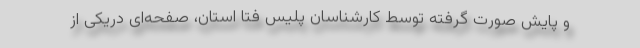
و پایش صورت گرفته توسط کارشناسان پلیس فتا استان، صفحه‌ای دریکی از